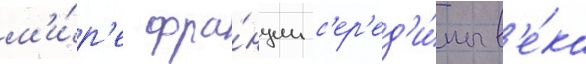
м'и́р'е фра́нции с'ер'ед'и́ны в'е́ка